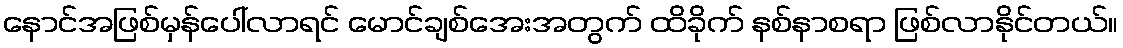
နောင်အဖြစ်မှန်ပေါ်လာရင် မောင်ချစ်အေးအတွက် ထိခိုက် နစ်နာစရာ ဖြစ်လာနိုင်တယ်။